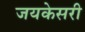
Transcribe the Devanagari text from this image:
जयकेसरी